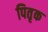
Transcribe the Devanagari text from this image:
पितृक